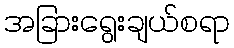
အခြားရွေးချယ်စရာ